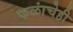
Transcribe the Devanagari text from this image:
फळांचेही